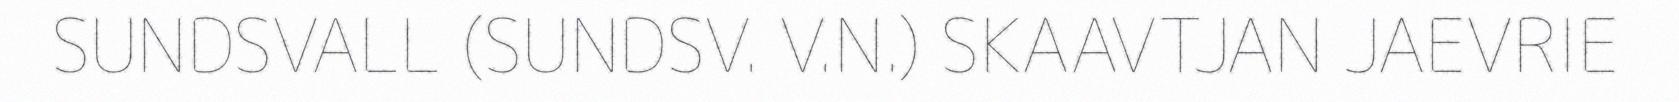
SUNDSVALL (SUNDSV. V.N.) SKAAVTJAN JAEVRIE